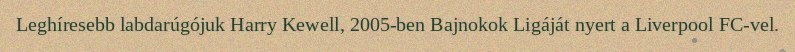
Leghíresebb labdarúgójuk Harry Kewell, 2005-ben Bajnokok Ligáját nyert a Liverpool FC-vel.